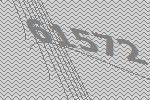
61572